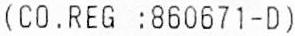
(CO.REG :860671-D)